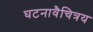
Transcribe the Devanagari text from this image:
घटनावैचित्रय